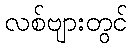
လစ်ဗျားတွင်